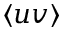
\langle u v \rangle